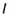
Text: 1